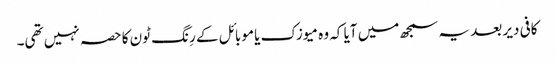
کافی دیر بعد یہ سمجھ میں آیا کہ وہ میوزک یا موبائل کے رِنگ ٹون کا حصہ نہیں تھی۔